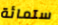
ستمائة